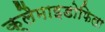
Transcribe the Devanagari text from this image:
क्लैमाइडोफिला